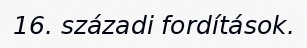
16. századi fordítások.